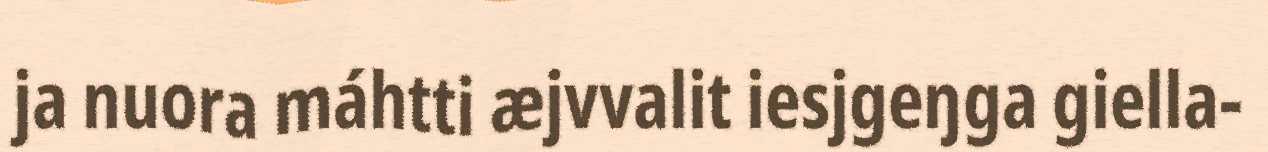
ja nuora máhtti æjvvalit iesjgeŋga giella-